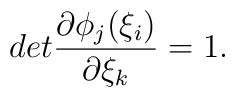
det\frac{\partial \phi_j(\xi_i)}{\partial \xi_k}=1.